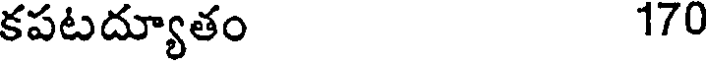
కపటద్యూతం 170